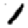
Digit: 1